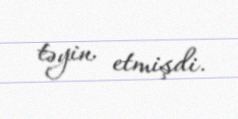
təyin etmişdi.